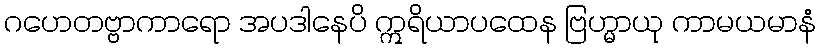
ဂဟေတဗ္ဗာကာရော အပဒါနေပိ ဣရိယာပထေန ဗြဟ္မာယု ကာမယမာနံ